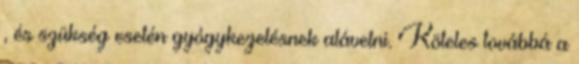
, és szükség esetén gyógykezelésnek alávetni. Köteles továbbá a